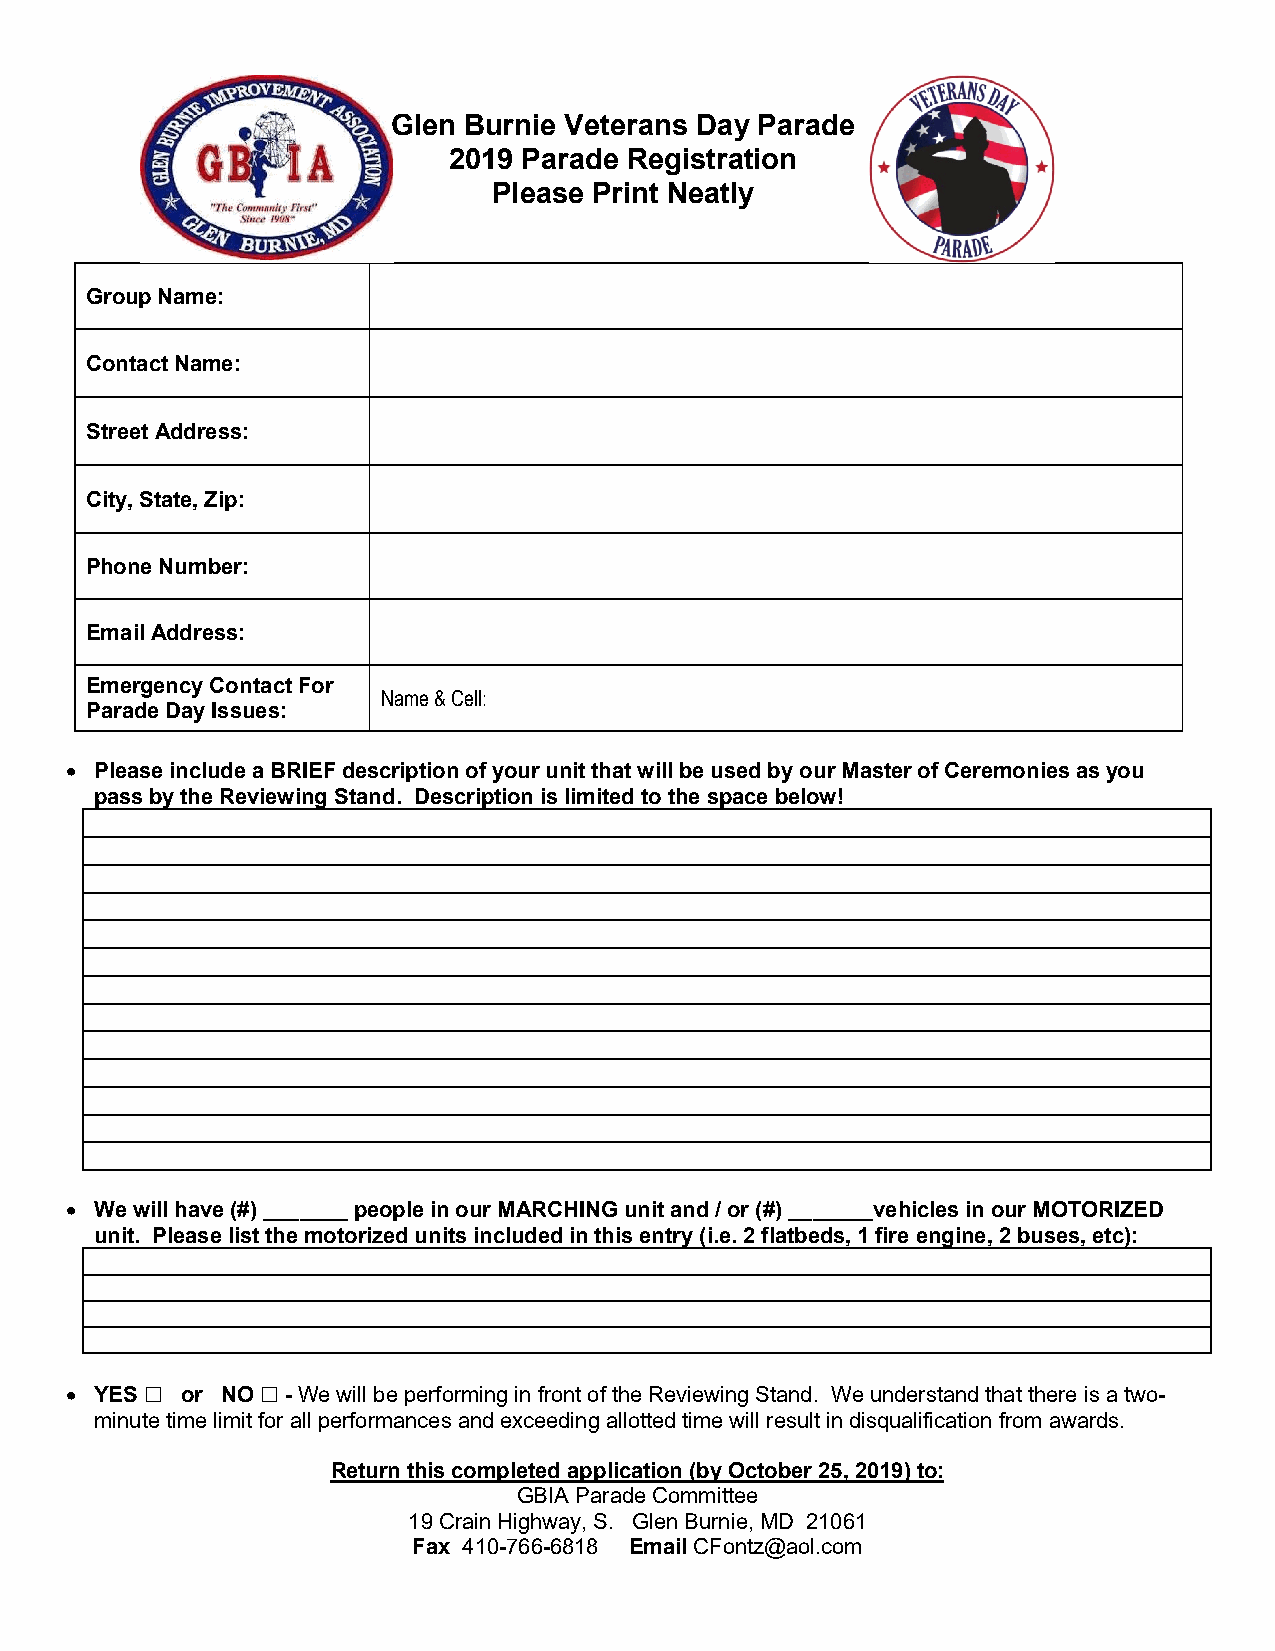
Glen Burnie Veterans Day Parade
 2019 Parade Registration
 Please Print Neatly
 Group Name:
 Contact Name:
 Street Address:
 City, State, Zip:
 Phone Number:
 Email Address:
 Emergency Contact For
 Name & Cell:
 Parade Day Issues:
 • Please include a BRIEF description of your unit that will be used by our Master of Ceremonies as you
 pass by the Reviewing Stand. Description is limited to the space below!
 • We will have (#) _______ people in our MARCHING unit and / or (#) _______vehicles in our MOTORIZED
 unit. Please list the motorized units included in this entry (i.e. 2 flatbeds, 1 fire engine, 2 buses, etc):
 • YES   or NO  - We will be performing in front of the Reviewing Stand. We understand that there is a two-
 ☐      ☐
 minute time limit for all performances and exceeding allotted time will result in disqualification from awards.
 Return this completed application (by October 25, 2019) to:
 GBIA Parade Committee
 19 Crain Highway, S. Glen Burnie, MD 21061
 Fax 410-766-6818 Email CFontz@aol.com